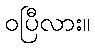
ဝပြီလား။